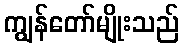
ကျွန်တော်မျိုးသည်